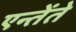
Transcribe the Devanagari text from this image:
एन्तेंते